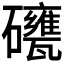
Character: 𥗯